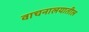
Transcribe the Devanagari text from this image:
वाचनालयातील